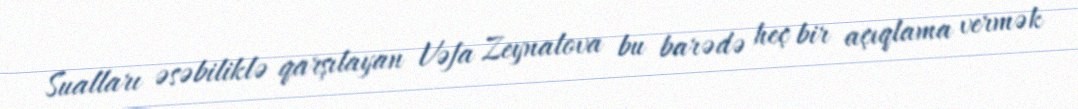
Sualları əsəbiliklə qarşılayan Vəfa Zeynalova bu barədə heç bir açıqlama vermək